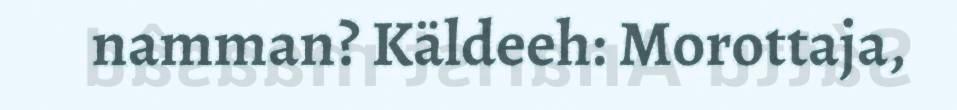
namman? Käldeeh: Morottaja,